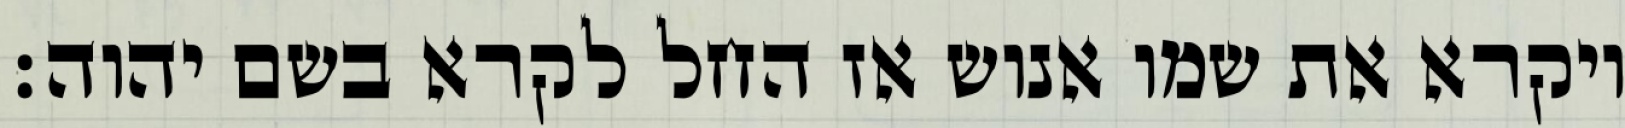
ויקרא את שמו אנוש אז החל לקרא בשם יהוה׃